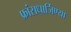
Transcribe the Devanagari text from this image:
फ्रांसधार्जिण्या